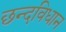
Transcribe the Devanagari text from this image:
छन्दविधान